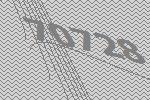
70728